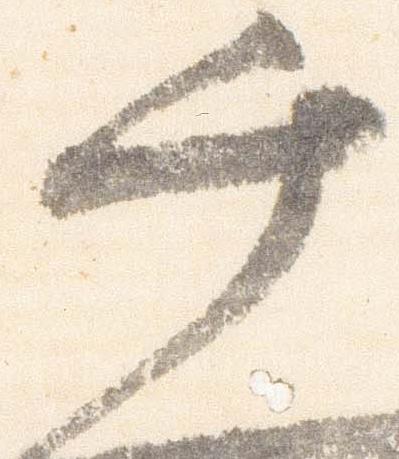
千